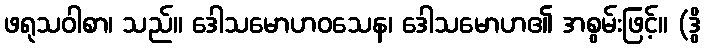
ဖရုသဝါစာ၊ သည်။ ဒေါသမောဟဝသေန၊ ဒေါသမောဟ၏ အစွမ်းဖြင့်။ (ဒွိ